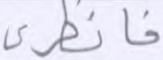
فانظري